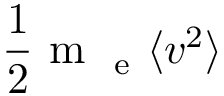
\frac { 1 } { 2 } \mathrm { ~ m ~ } _ { \mathrm { ~ e ~ } } \langle v ^ { 2 } \rangle